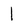
Character: 1